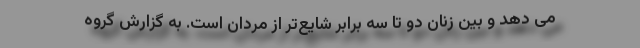
می دهد و بین زنان دو تا سه برابر شایع‌تر از مردان است. به گزارش گروه